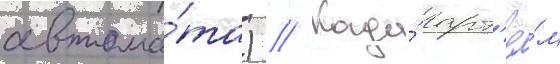
автома́та) // Когда́ арт'ё́м